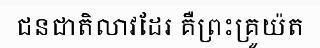
ជនជាតិលាវដែរ គឺព្រះគ្រូយ៉ត